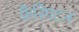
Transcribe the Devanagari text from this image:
फ़ैरिंगटन